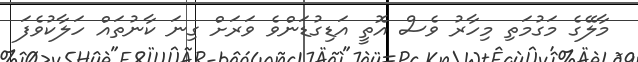
މާލޭގެ މަގުމަތި މިހާރު ވެސް އޮތީ އަޑިގުޑަންވެ ވަރަށް ގިނަ ކާނުތައް ހަލާކުވެފަ